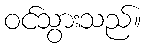
ဝင်သွားသည်။